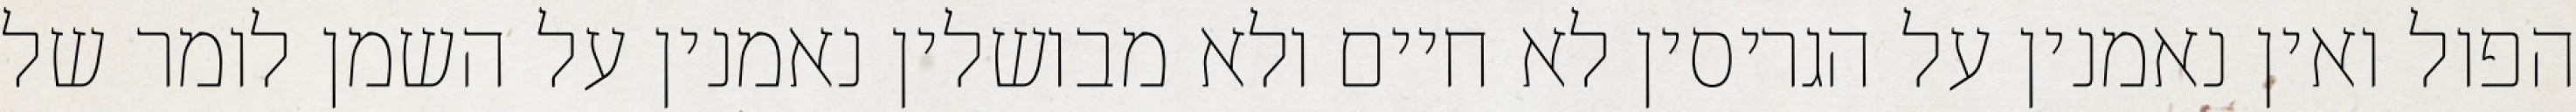
הפול ואין נאמנין על הגריסין לא חיים ולא מבושלין נאמנין על השמן לומר של